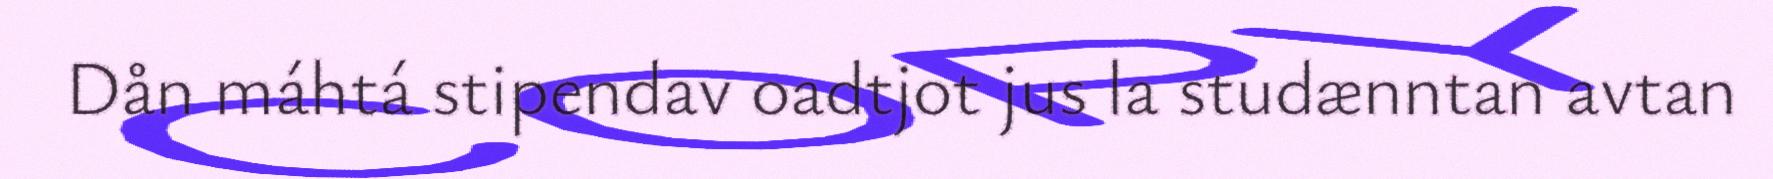
​​​​​​Dån máhtá stipendav oadtjot jus la studænntan avtan